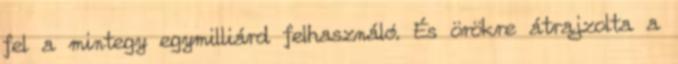
fel a mintegy egymilliárd felhasználó. És örökre átrajzolta a